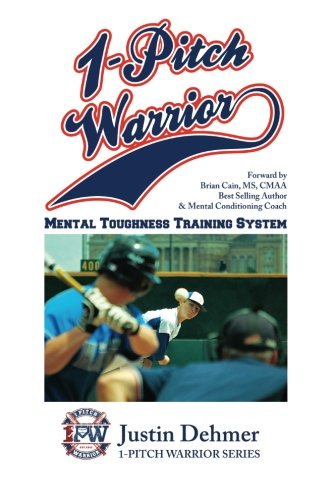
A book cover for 1 Pitch Warrior Mental Toughness Training System; Mr. Justin Berkley Dehmer; Sports & Outdoors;